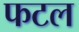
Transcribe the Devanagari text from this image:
फटल